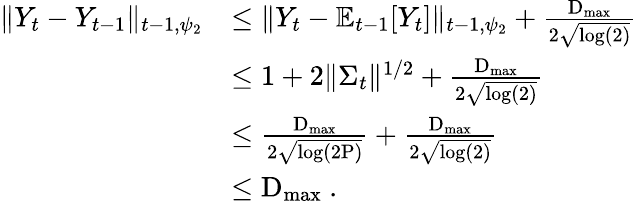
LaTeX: \begin{array}{rl}{\Vert Y_{t}-Y_{t-1}\Vert_{t-1,\psi_{2}}}&{\leq\Vert Y_{t}-\mathbb E_{t-1}[Y_{t}]\Vert_{t-1,\psi_{2}}+\frac{\textrm{D}_{\operatorname*{max}}}{2\sqrt{\log(2)}}}\\ &{\leq 1+2\Vert\Sigma_{t}\Vert^{1/2}+\frac{\textrm{D}_{\operatorname*{max}}}{2\sqrt{\log(2)}}}\\ &{\leq\frac{\textrm{D}_{\operatorname*{max}}}{2\sqrt{\log(2\textrm{P})}}+\frac{\textrm{D}_{\operatorname*{max}}}{2\sqrt{\log(2)}}}\\ &{\le\textrm{D}_{\operatorname*{max}}~.}\end{array}